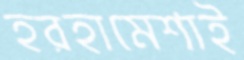
হরহামেশাই